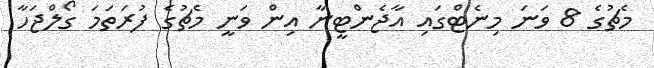
މެޗުގެ 8 ވަނަ މިނެޓްގައި އާޖެންޓީނާ އިން ވަނީ މެޗުގެ ފުރަތަމަ ގޯލްޖަހާ